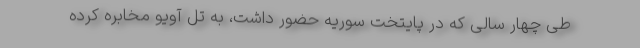
طی چهار سالی که در پایتخت سوریه حضور داشت، به تل ‌آویو مخابره کرده